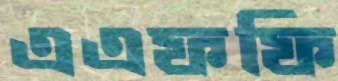
এএফফি